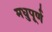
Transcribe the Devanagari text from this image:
मधुपूर्ण